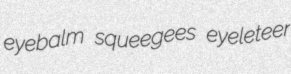
eyebalm squeegees eyeleteer